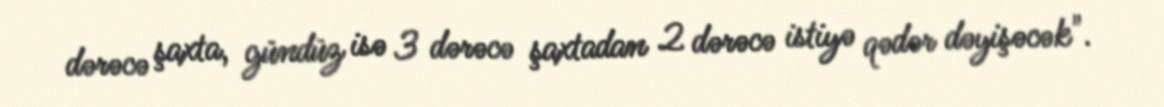
dərəcə şaxta, gündüz isə 3 dərəcə şaxtadan 2 dərəcə istiyə qədər dəyişəcək".